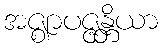
အဇ္ဈာပဇ္ဇန္တိယာ